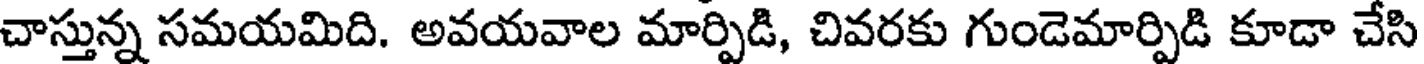
చాస్తున్న సమయమిది. అవయవాల మార్పిడి, చివరకు గుండెమార్పిడి కూడా చేసి